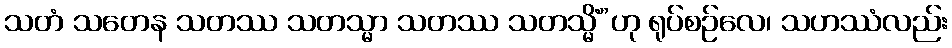
သတံ သတေန သတဿ သတသ္မာ သတဿ သတသ္မိံ”ဟု ရုပ်စဉ်လေ၊ သဟဿံလည်း